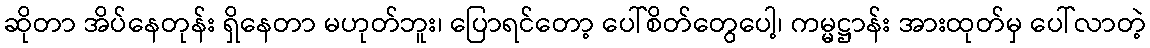
ဆိုတာ အိပ်နေတုန်း ရှိနေတာ မဟုတ်ဘူး၊ ပြောရင်တော့ ပေါ်စိတ်တွေပေါ့၊ ကမ္မဋ္ဌာန်း အားထုတ်မှ ပေါ်လာတဲ့